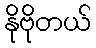
နိုဗိုတယ်